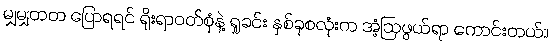
မျှမျှတတ ပြောရရင် ရိုးရာဝတ်စုံနဲ့ ရှုခင်း နှစ်ခုစလုံးက အံ့ဩဖွယ်ရာ ကောင်းတယ်။